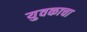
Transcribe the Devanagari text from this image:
युवकाचा